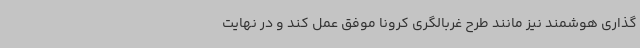
گذاری هوشمند نیز مانند طرح غربالگری کرونا موفق عمل کند و در نهایت